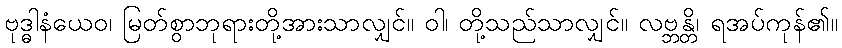
ဗုဒ္ဓါနံယေဝ၊ မြတ်စွာဘုရားတို့အားသာလျှင်။ ဝါ၊ တို့သည်သာလျှင်။ လဗ္ဘန္တိ၊ ရအပ်ကုန်၏။